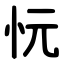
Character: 忨